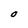
Character: O